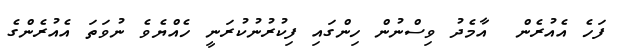
ފަހެ އެއުރެން  އާމެދު ވިސްނުން ހިންގައި ފިކުރުނުކުރަނީ ހެއްޔެވެ ނުވަތަ އެއުރެންގެ